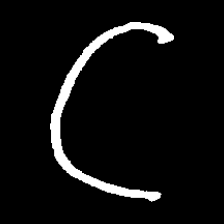
Pyu character \u2014 Myanmar letter: ဋ (romanized: tta)